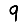
Digit: 9